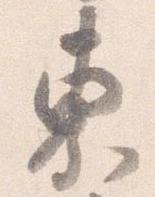
東